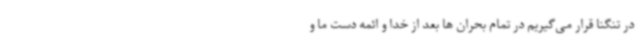
در تنگنا قرار می‌گیریم در تمام بحران ها بعد از خدا و ائمه دست ما و